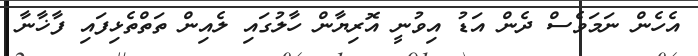
އެހެން ނަމަވެސް ދެން އަޑު އިވުނީ އޮރިޔާން ހާލުގައި ލެއިން ތަތްތެޅިފައި ފާޚާނާ